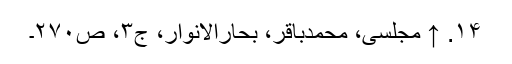
۱۴. ↑ مجلسی، محمدباقر، بحارالانوار، ج‌۳، ص‌۲۷۰۔